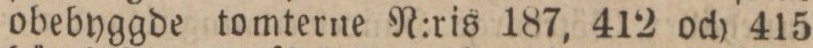
obebyggde tomterne N:ris 187, 412 och 415